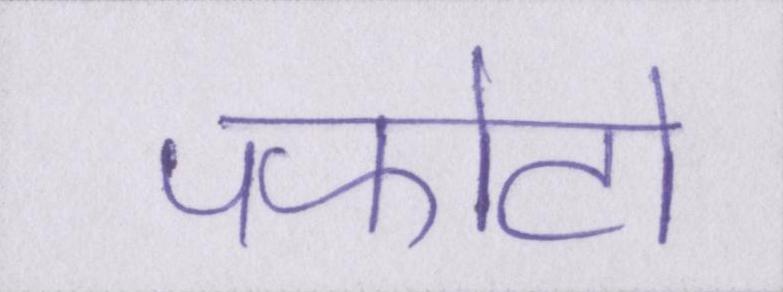
पफोटो